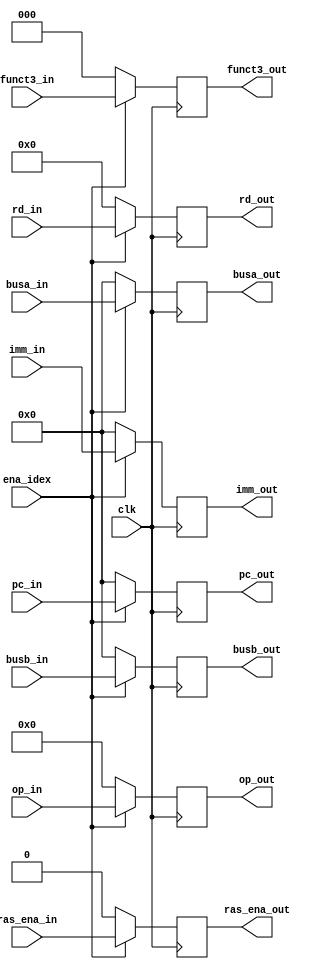
module stage_idex
(
 input wire[31:0] busa_in,
 input wire[31:0] busb_in,
 input wire[2:0] funct3_in,
 input wire[31:0] imm_in,
 input wire[6:0] op_in,
 input wire[31:0] pc_in,
 input wire clk,
 input wire ena_idex,
 input wire [4:0] rd_in,
 input wire ras_ena_in,
 output wire[31:0] busa_out,
 output wire[31:0] busb_out,
 output wire[2:0] funct3_out,
 output wire[31:0] imm_out,
 output wire[6:0] op_out,
 output wire[31:0] pc_out,
 output wire [4:0] rd_out,
 output wire ras_ena_out
 );
	
	reg[31:0] busa,busb,pc;
	reg[2:0] funct3;
	reg[6:0] op;
	reg[31:0] imm;
	reg[4:0] rd;
	reg ras_ena;
	
	
	initial begin 
		busa = 32'h00000000;
		busb = 32'h00000000;
		pc = 32'h00000000;
		funct3 =3'b000;
		imm = 32'h00000000;
		op =7'b0000000;
		rd = 5'b00000;
		ras_ena = 1'b0;
	end
	
	always @(posedge clk) begin
			if (ena_idex) begin
				busa = busa_in;
				busb = busb_in;
				pc = pc_in;
				funct3 = funct3_in;
				imm = imm_in;
				op =op_in;
				rd=rd_in;
				ras_ena = ras_ena_in;
			end
			else begin
				busa = 32'h00000000;
				busb = 32'h00000000;
				pc = 32'h00000000;
				funct3 =3'b000;
				imm = 32'h00000000;
				op =7'b0000000;
				rd = 5'b00000;
				ras_ena = 1'b0;
			end
	end
	
	assign busa_out = busa;
	assign busb_out = busb;
	assign pc_out = pc;
	assign funct3_out = funct3;
	assign imm_out = imm;
	assign op_out =op;
	assign rd_out = rd;
	assign ras_ena_out = ras_ena;


endmodule